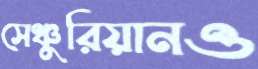
সেঞ্চুরিয়ানও